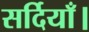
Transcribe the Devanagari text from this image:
सर्दियाँ।